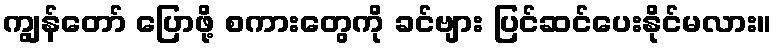
ကျွန်တော် ပြောဖို့ စကားတွေကို ခင်ဗျား ပြင်ဆင်ပေးနိုင်မလား။